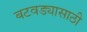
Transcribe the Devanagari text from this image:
बटवड्यासाठी